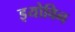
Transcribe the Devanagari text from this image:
इयोविन